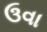
ઉવા